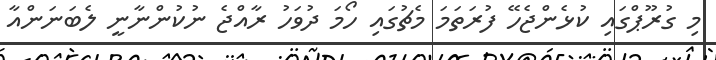
މި ގުރޫޕްގައި ކުޅެންޖެހޭ ފުރަތަމަ މެޗުގައި ހޯމަ ދުވަހު ރާއްޖެ ނުކުންނާނީ ލެބަނަންއާ